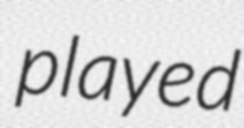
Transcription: played